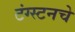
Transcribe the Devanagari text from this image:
टंग्स्टनचे